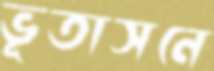
ভূতাসনে